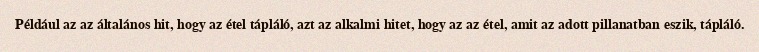
Például az az általános hit, hogy az étel tápláló, azt az alkalmi hitet, hogy az az étel, amit az adott pillanatban eszik, tápláló.